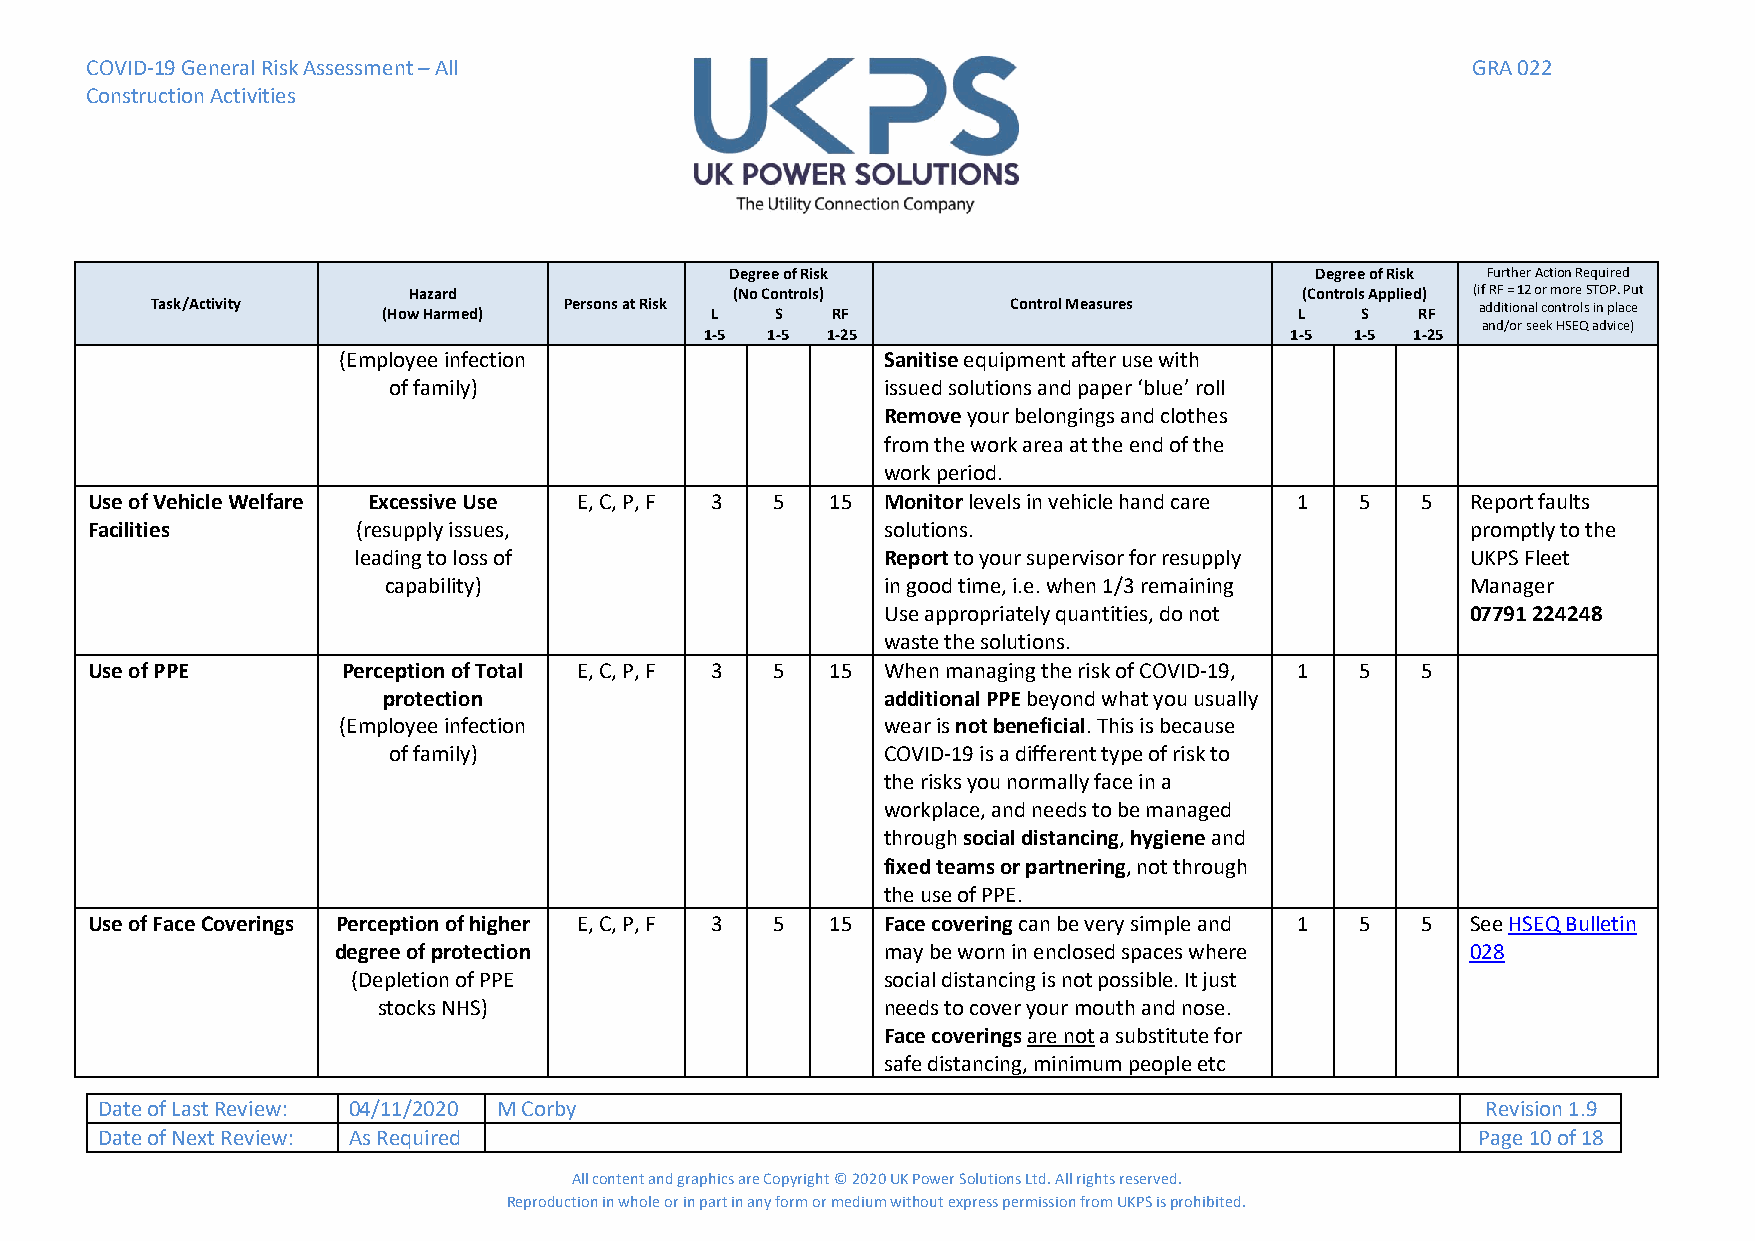
COVID-19 General Risk Assessment – All                                                     GRA 022
 Construction Activities
 Degree of Risk                         Degree of Risk Further Action Required
 Hazard               (No Controls)                         (Controls Applied) (if RF = 12 or more STOP. Put
 Task/Activity  (How Harmed) Persons at Risk L S RF       Control Measures   L   S   RF  additional controls in place
 and/or seek HSEQ advice)
 1-5 1-5 1-25                          1-5  1-5 1-25
 (Employee infection                 Sanitise equipment after use with
 of family)                      issued solutions and paper ‘blue’ roll
 Remove your belongings and clothes
 from the work area at the end of the
 work period.
 Use of Vehicle Welfare Excessive Use E, C, P, F 3 5 15 Monitor levels in vehicle hand care 1 5 5 Report faults
 Facilities        (resupply issues,                 solutions.                             promptly to the
 leading to loss of                 Report to your supervisor for resupply UKPS Fleet
 capability)                      in good time, i.e. when 1/3 remaining  Manager
 Use appropriately quantities, do not   07791 224248
 waste the solutions.
 Use of PPE       Perception of Total E, C, P, F 3 5 15 When managing the risk of COVID-19, 1 5 5
 protection                       additional PPE beyond what you usually
 (Employee infection                 wear is not beneficial. This is because
 of family)                      COVID-19 is a different type of risk to
 the risks you normally face in a
 workplace, and needs to be managed
 through social distancing, hygiene and
 fixed teams or partnering, not through
 the use of PPE.
 Use of Face Coverings Perception of higher E, C, P, F 3 5 15 Face covering can be very simple and 1 5 5 See HSEQ Bulletin
 degree of protection                may be worn in enclosed spaces where   028
 (Depletion of PPE                  social distancing is not possible. It just
 stocks NHS)                      needs to cover your mouth and nose.
 Face coverings are not a substitute for
 safe distancing, minimum people etc
 Date of Last Review: 04/11/2020 M Corby                                                     Revision 1.9
 Date of Next Review: As Required                                                            Page 10 of 18
 All content and graphics are Copyright © 2020 UK Power Solutions Ltd. All rights reserved.
 Reproduction in whole or in part in any form or medium without express permission from UKPS is prohibited.